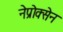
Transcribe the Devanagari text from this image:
नेप्रोक्सेन